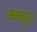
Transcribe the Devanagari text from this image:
समजुण